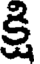
క్షి